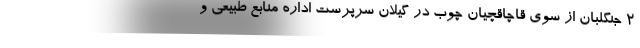
۲ جنگلبان از سوی قاچاقچیان چوب در گیلان سرپرست اداره منابع طبیعی و